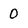
Character: 0